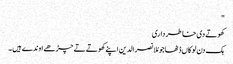
"
کھوتے دی خاطر داری
ہک دن لوکاں ڈٹھا جو مُلا نصرالدین اپنے کھوتے تے چڑھے اوندے ہیں ۔